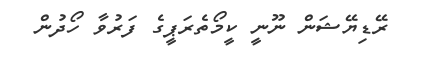
ރޭޑިޔޭޝަން ނޫނީ ކީމޯތެރަޕީގެ ފަރުވާ ހޯދުން